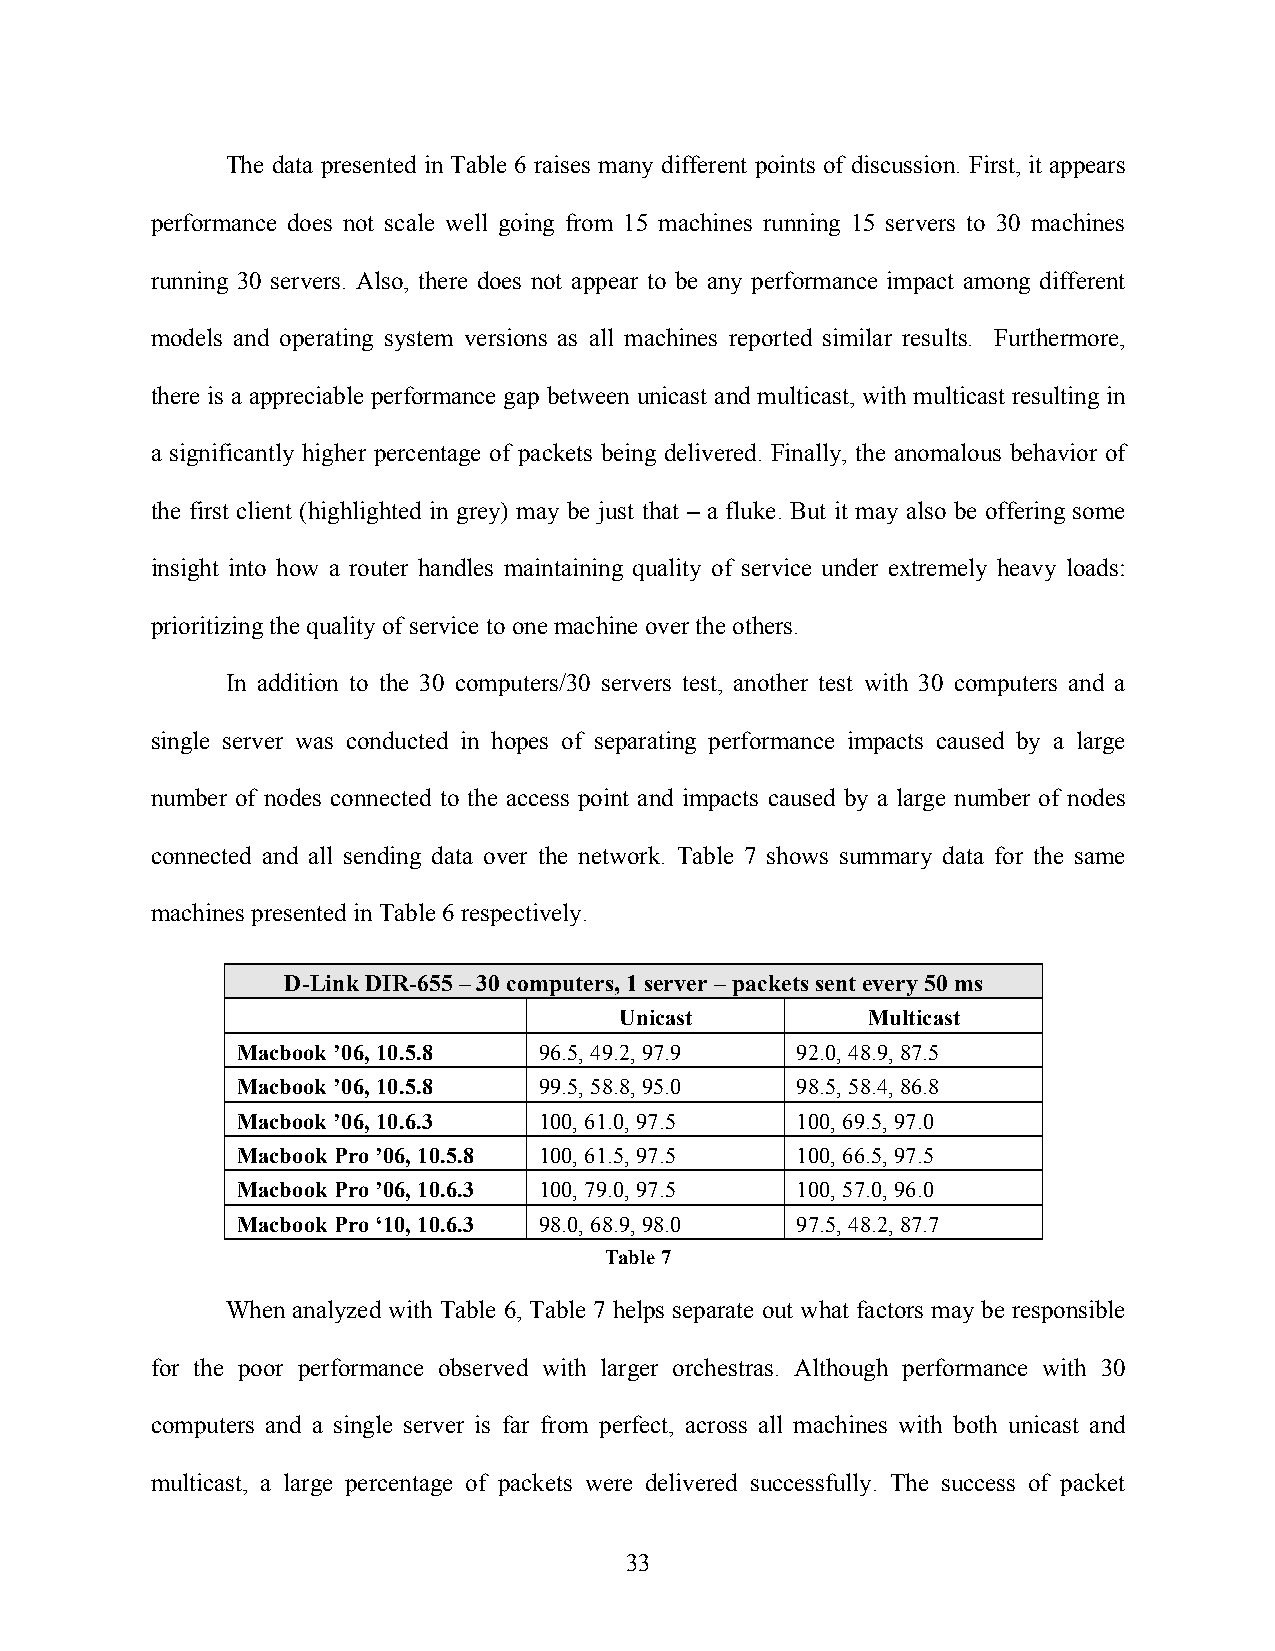
The data presented in Table 6 raises many different points of discussion. First, it appears
 performance does not scale well going from 15 machines running 15 servers to 30 machines
 running 30 servers. Also, there does not appear to be any performance impact among different
 models and operating system versions as all machines reported similar results. Furthermore,
 there is a appreciable performance gap between unicast and multicast, with multicast resulting in
 a significantly higher percentage of packets being delivered. Finally, the anomalous behavior of
 the first client (highlighted in grey) may be just that – a fluke. But it may also be offering some
 insight into how a router handles maintaining quality of service under extremely heavy loads:
 prioritizing the quality of service to one machine over the others.
 In addition to the 30 computers/30 servers test, another test with 30 computers and a
 single server was conducted in hopes of separating performance impacts caused by a large
 number of nodes connected to the access point and impacts caused by a large number of nodes
 connected and all sending data over the network. Table 7 shows summary data for the same
 machines presented in Table 6 respectively.
 D-Link DIR-655 – 30 computers, 1 server – packets sent every 50 ms
 Unicast         Multicast
 Macbook ’06, 10.5.8 96.5, 49.2, 97.9 92.0, 48.9, 87.5
 Macbook ’06, 10.5.8 99.5, 58.8, 95.0 98.5, 58.4, 86.8
 Macbook ’06, 10.6.3 100, 61.0, 97.5  100, 69.5, 97.0
 Macbook Pro ’06, 10.5.8 100, 61.5, 97.5 100, 66.5, 97.5
 Macbook Pro ’06, 10.6.3 100, 79.0, 97.5 100, 57.0, 96.0
 Macbook Pro ‘10, 10.6.3 98.0, 68.9, 98.0 97.5, 48.2, 87.7
 Table 7
 When analyzed with Table 6, Table 7 helps separate out what factors may be responsible
 for the poor performance observed with larger orchestras. Although performance with 30
 computers and a single server is far from perfect, across all machines with both unicast and
 multicast, a large percentage of packets were delivered successfully. The success of packet
 33